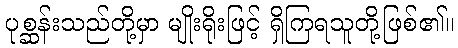
ပုစ္ဆန်းသည်တို့မှာ မျိုးရိုးဖြင့် ရှိကြရသူတို့ဖြစ်၏။